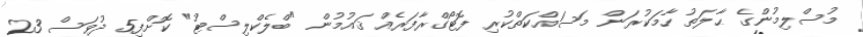
މުސްލިމުންގެ ޙާލަތު ހާމަކުރަން މަސައްކަތްކުރި ފޮޓޯގްރާފަރެއް ޤައުމުން "ބްލެކްލިސްޓު" ކޮށްފި5 ދުވަސް 23